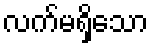
လက်မရှိသော